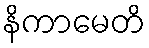
နိကာမေတိ